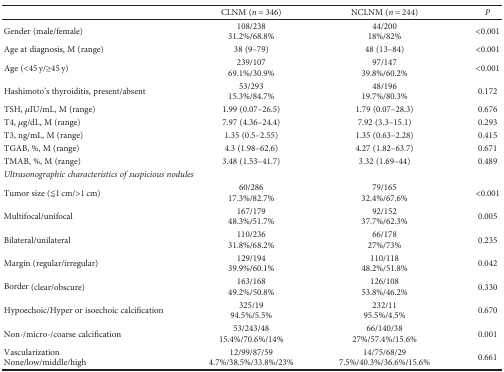
<table><thead><tr><td></td><td><b>CLNM (<i>n</i> = 346)</b></td><td><b>NCLNM (<i>n</i> = 244)</b></td><td><b><i>P</i></b></td></tr></thead><tbody><tr><td>Gender (male/female)</td><td>108/23831.2%/68.8%</td><td>44/20018%/82%</td><td>&lt;0.001</td></tr><tr><td>Age at diagnosis, M (range)</td><td>38 (9–79)</td><td>48 (13–84)</td><td>&lt;0.001</td></tr><tr><td>Age (&lt;45 y/≥45 y)</td><td>239/10769.1%/30.9%</td><td>97/14739.8%/60.2%</td><td>&lt;0.001</td></tr><tr><td>Hashimoto&#x27;s thyroiditis, present/absent</td><td>53/29315.3%/84.7%</td><td>48/19619.7%/80.3%</td><td>0.172</td></tr><tr><td>TSH, <i>μ</i>IU/mL, M (range)</td><td>1.99 (0.07–26.5)</td><td>1.79 (0.07–28.3)</td><td>0.676</td></tr><tr><td>T4, <i>μ</i>g/dL, M (range)</td><td>7.97 (4.36–24.4)</td><td>7.92 (3.3–15.1)</td><td>0.293</td></tr><tr><td>T3, ng/mL, M (range)</td><td>1.35 (0.5–2.55)</td><td>1.35 (0.63–2.28)</td><td>0.415</td></tr><tr><td>TGAB, %, M (range)</td><td>4.3 (1.98–62.6)</td><td>4.27 (1.82–63.7)</td><td>0.671</td></tr><tr><td>TMAB, %, M (range)</td><td>3.48 (1.53–41.7)</td><td>3.32 (1.69–44)</td><td>0.489</td></tr><tr><td colspan="4"><i>Ultrasonographic characteristics of suspicious nodules</i></td></tr><tr><td>Tumor size (≦1 cm/&gt;1 cm)</td><td>60/28617.3%/82.7%</td><td>79/16532.4%/67.6%</td><td>&lt;0.001</td></tr><tr><td>Multifocal/unifocal</td><td>167/17948.3%/51.7%</td><td>92/15237.7%/62.3%</td><td>0.005</td></tr><tr><td>Bilateral/unilateral</td><td>110/23631.8%/68.2%</td><td>66/17827%/73%</td><td>0.235</td></tr><tr><td>Margin (regular/irregular)</td><td>129/19439.9%/60.1%</td><td>110/11848.2%/51.8%</td><td>0.042</td></tr><tr><td>Border (clear/obscure)</td><td>163/16849.2%/50.8%</td><td>126/10853.8%/46.2%</td><td>0.330</td></tr><tr><td>Hypoechoic/Hyper or isoechoic calcification</td><td>325/1994.5%/5.5%</td><td>232/1195.5%/4.5%</td><td>0.670</td></tr><tr><td>Non-/micro-/coarse calcification</td><td>53/243/4815.4%/70.6%/14%</td><td>66/140/3827%/57.4%/15.6%</td><td>0.001</td></tr><tr><td>VascularizationNone/low/middle/high</td><td>12/99/87/594.7%/38.5%/33.8%/23%</td><td>14/75/68/297.5%/40.3%/36.6%/15.6%</td><td>0.661</td></tr></tbody></table>